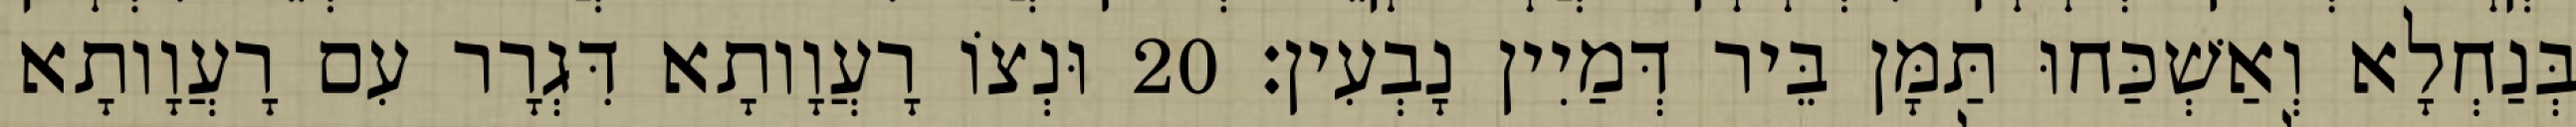
בְּנַחְלָא וְאַשְׁכַּחוּ תַּמָּן בֵּיר דְּמַיִין נָבְעִין׃ 20 וּנְצוֹ רָעֲוָותָא דִּגְרָר עִם רָעֲוָותָא